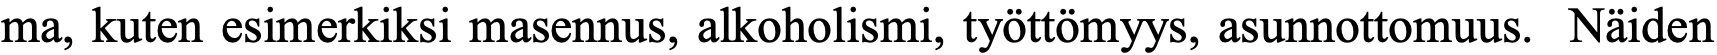
ma, kuten esimerkiksi masennus, alkoholismi, työttömyys, asunnottomuus. Näiden